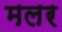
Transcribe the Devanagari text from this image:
मलर